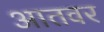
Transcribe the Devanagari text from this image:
आतवर